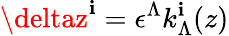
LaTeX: \deltaz^{\mathbf{i}}=\epsilon^{\Lambda}k_{\Lambda}^{\mathbf{i}}(z)